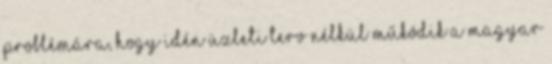
problémára, hogy idén üzleti terv nélkül működik a Magyar